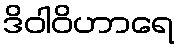
ဒိဝါဝိဟာရေ